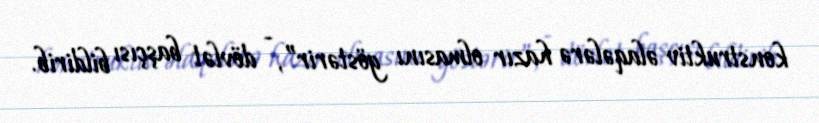
konstruktiv əlaqələrə hazır olmasını göstərir”, - dövlət başçısı bildirib.